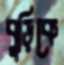
বুড়িকে